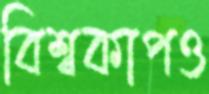
বিশ্বকাপও